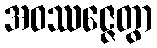
အဝဿဇ္ဇေတွာ